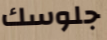
جلوسك